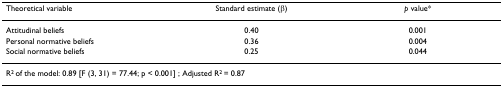
<table><thead><tr><td><b>Theoretical variable</b></td><td><b>Standard estimate (β)</b></td><td><b><i>p </i>value*</b></td></tr></thead><tbody><tr><td>Attitudinal beliefs</td><td>0.40</td><td>0.001</td></tr><tr><td>Personal normative beliefs</td><td>0.36</td><td>0.004</td></tr><tr><td>Social normative beliefs</td><td>0.25</td><td>0.044</td></tr><tr><td colspan="3">R<sup>2 </sup>of the model: 0.89 [F (3, 31) = 77.44; p &lt; 0.001] ; Adjusted R<sup>2 </sup>= 0.87</td></tr></tbody></table>